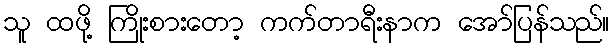
သူ ထဖို့ ကြိုးစားတော့ ကက်တာရီးနာက အော်ပြန်သည်။